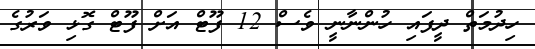
ހިދުމަތް ދީފައި ހުންނާނީ ވެސް 12 ފޫޓް އަށް ފޫޓް ގޮޅި ވަރުގެ